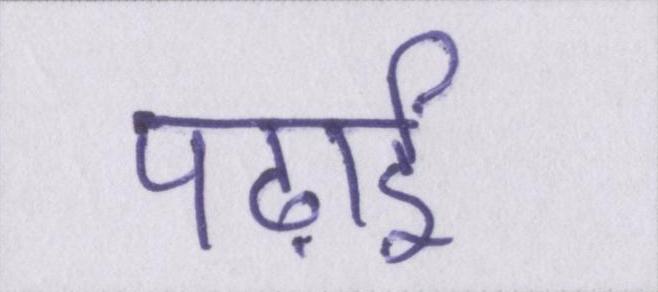
पढ़ाई